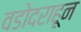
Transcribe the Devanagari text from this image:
वडोदराहून